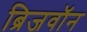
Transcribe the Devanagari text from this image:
ब्रिजवॉन